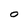
Character: O